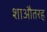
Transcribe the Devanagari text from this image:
शाऔतरह